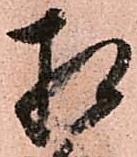
相